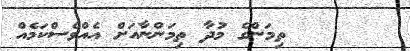
٢٨      ތިމަންގެ މުދާ ތިމަންނާއަށް އެއްވެސްކަމެއް